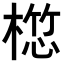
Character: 𣖯